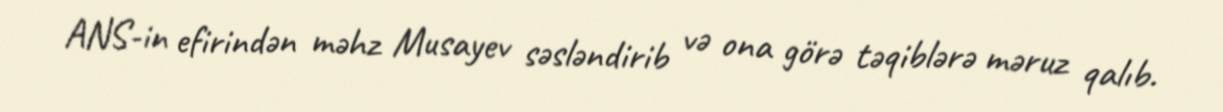
ANS-in efirindən məhz Musayev səsləndirib və ona görə təqiblərə məruz qalıb.